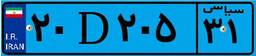
۴۰D۹۳۴۳۷